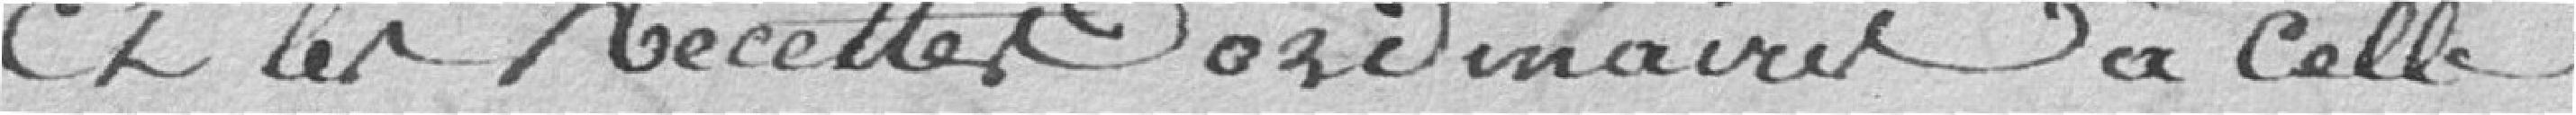
Et les recette ordinaires à celle